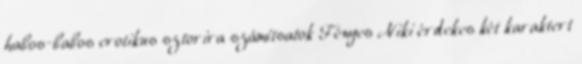
habos-babos erotikus sztorira számítsatok Fényes Niki érdekes két karaktert